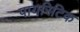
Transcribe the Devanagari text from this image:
पायरिटिक